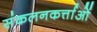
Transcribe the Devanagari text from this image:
संकलनकर्त्ताओं